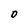
Character: O